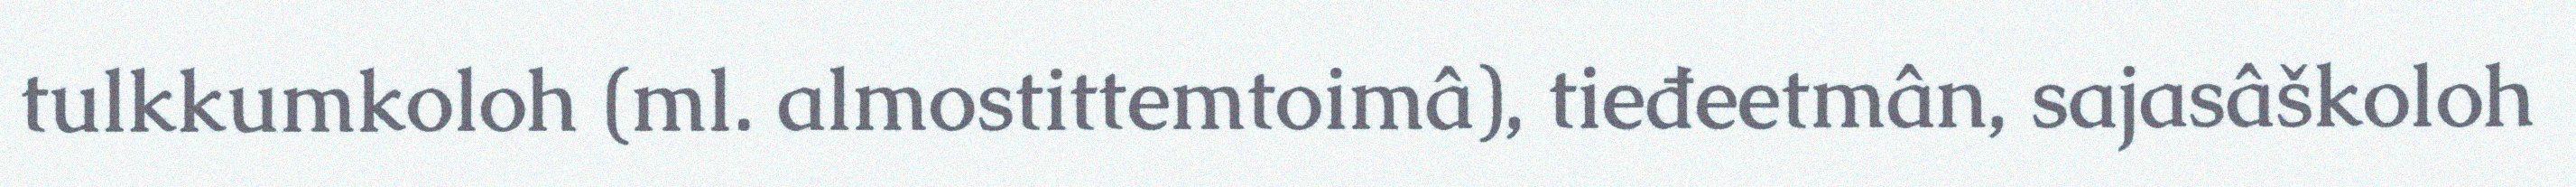
tulkkumkoloh (ml. almostittemtoimâ), tieđeetmân, sajasâškoloh